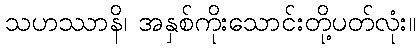
သဟဿာနိ၊ အနှစ်ကိုးသောင်းတို့ပတ်လုံး။